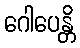
ဂေါပေန္တိ